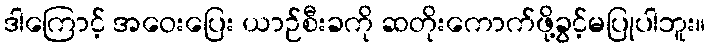
ဒါကြောင့် အဝေးပြေး ယာဉ်စီးခကို ဆတိုးကောက်ဖို့ခွင့်မပြုပါဘူး။